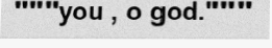
"""you , o god."""